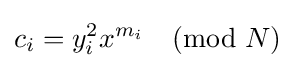
c_{i}=y_{i}^{2}x^{m_{i}}{\pmod {N}}